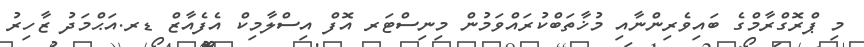
މި ޕްރޮގްރާމްގެ ބައިވެރިންނާއި މުޚާތަބްކުރައްވަމުން މިނިސްޓަރ އޮފް އިސްލާމިކް އެފެއާޒް ޑރ.އަޙްމަދު ޒާހިރު